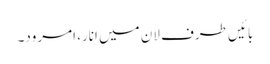
بائیں طرف لان میں انار، امرود۔